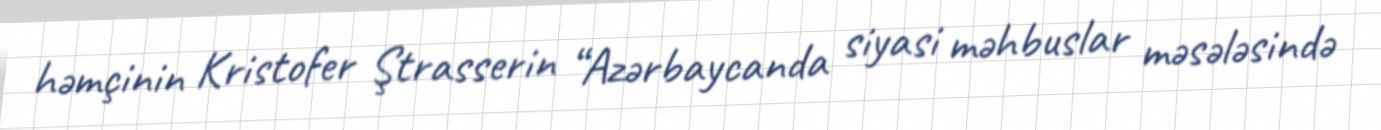
həmçinin Kristofer Ştrasserin “Azərbaycanda siyasi məhbuslar məsələsində